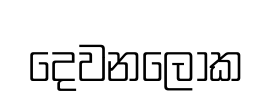
දෙවනලෝක